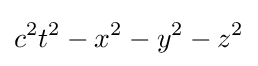
c^{2}t^{2}-x^{2}-y^{2}-z^{2}